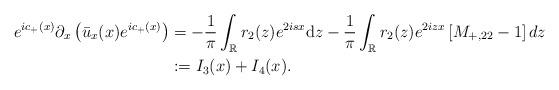
LaTeX: \begin{align*}e^{ic_+(x)} \partial_{x}\left(\bar{u}_x(x) e^{ic_+(x)}\right)&=-\frac{1}{\pi} \int_{\mathbb{R}} r_2(z) e^{2isx}\mathrm{d} z-\frac{1}{\pi} \int_{\mathbb{R}} r_2(z) e^{2 iz x}\left[M_{+,22} -1\right] dz\\&:=I_3(x)+I_4(x).\end{align*}